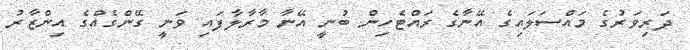
ދަރިވަރުގެ މައްސަލައިގެ އޭނާގެ ރައްޓެހިން ބުނީ އޭނާ މާރާލާފައި ވަނީ ގޭންގެއްގެ އިންޒާރު